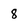
Character: 8